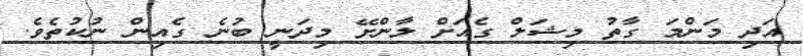
އަދި މަންމަ ގާތު މިޝަލް ގެއަށް ލާންށޭ މިދަނީ ބުނެ ގެއިން ނުކުތެވެ.